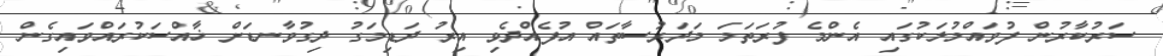
ސަރުކާރުން ފުވައްމުލަކުގައި އެންމެ ފުރަތަމަ މަދަރުސާތައް އުފެއްދެވި އިރު ދަޑިމަގު ދިގުވާނޑަށް ޚާއްސަކުރައްވައިގެން